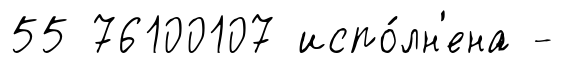
55 76100107 испо́лн'ена -